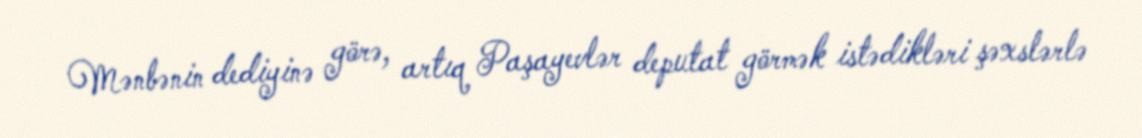
Mənbənin dediyinə görə, artıq Paşayevlər deputat görmək istədikləri şəxslərlə